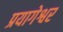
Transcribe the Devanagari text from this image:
प्रयागेश्वर